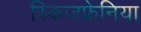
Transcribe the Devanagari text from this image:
स्किजफ्रेनिया